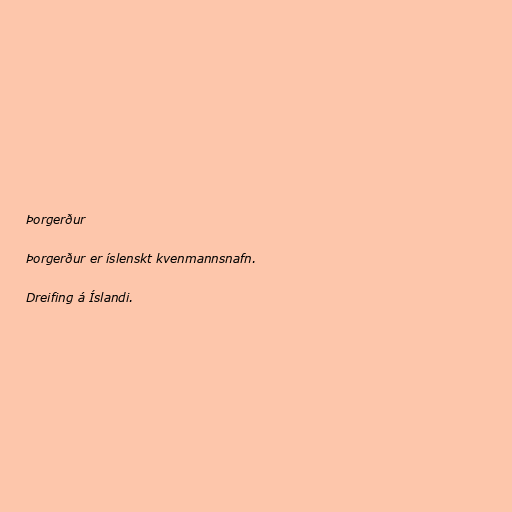
Þorgerður

Þorgerður er íslenskt kvenmannsnafn.

Dreifing á Íslandi.